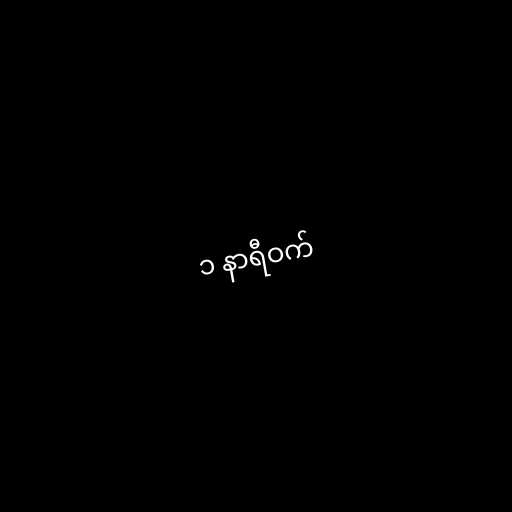
၁ နာရီဝက်